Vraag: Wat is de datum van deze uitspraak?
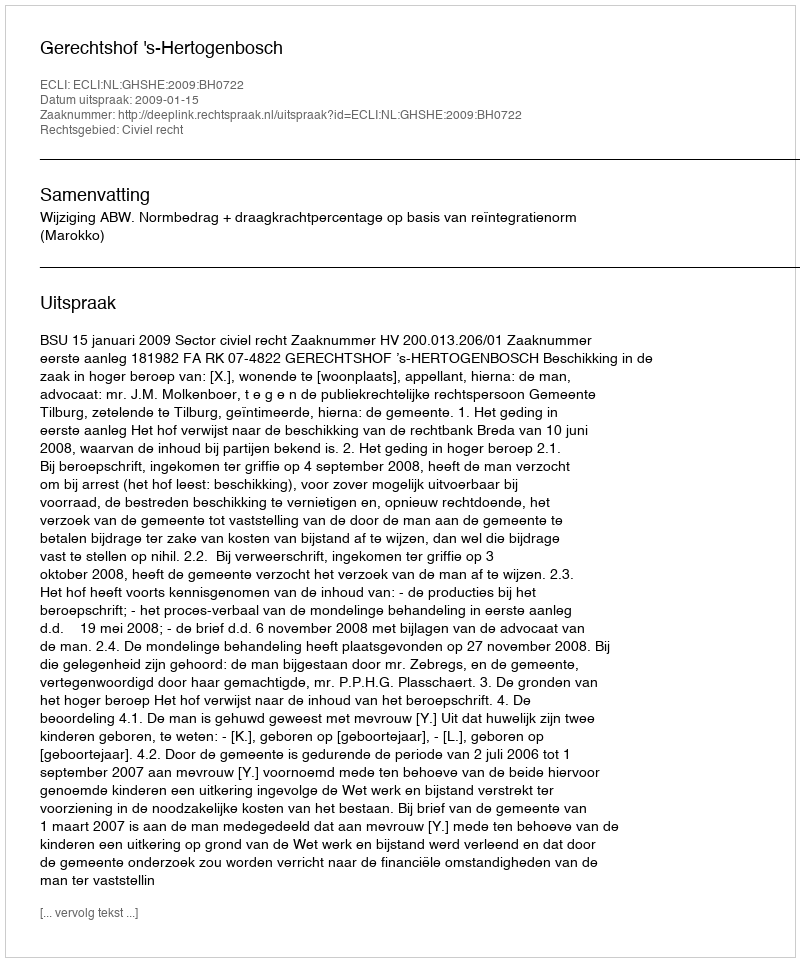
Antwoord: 2009-01-15